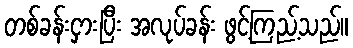
တစ်ခန်းငှားပြီး အလုပ်ခန်း ဖွင့်ကြည့်သည်။